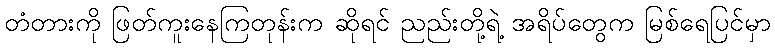
တံတားကို ဖြတ်ကူးနေကြတုန်းက ဆိုရင် ညည်းတို့ရဲ့ အရိပ်တွေက မြစ်ရေပြင်မှာ